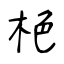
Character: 栬